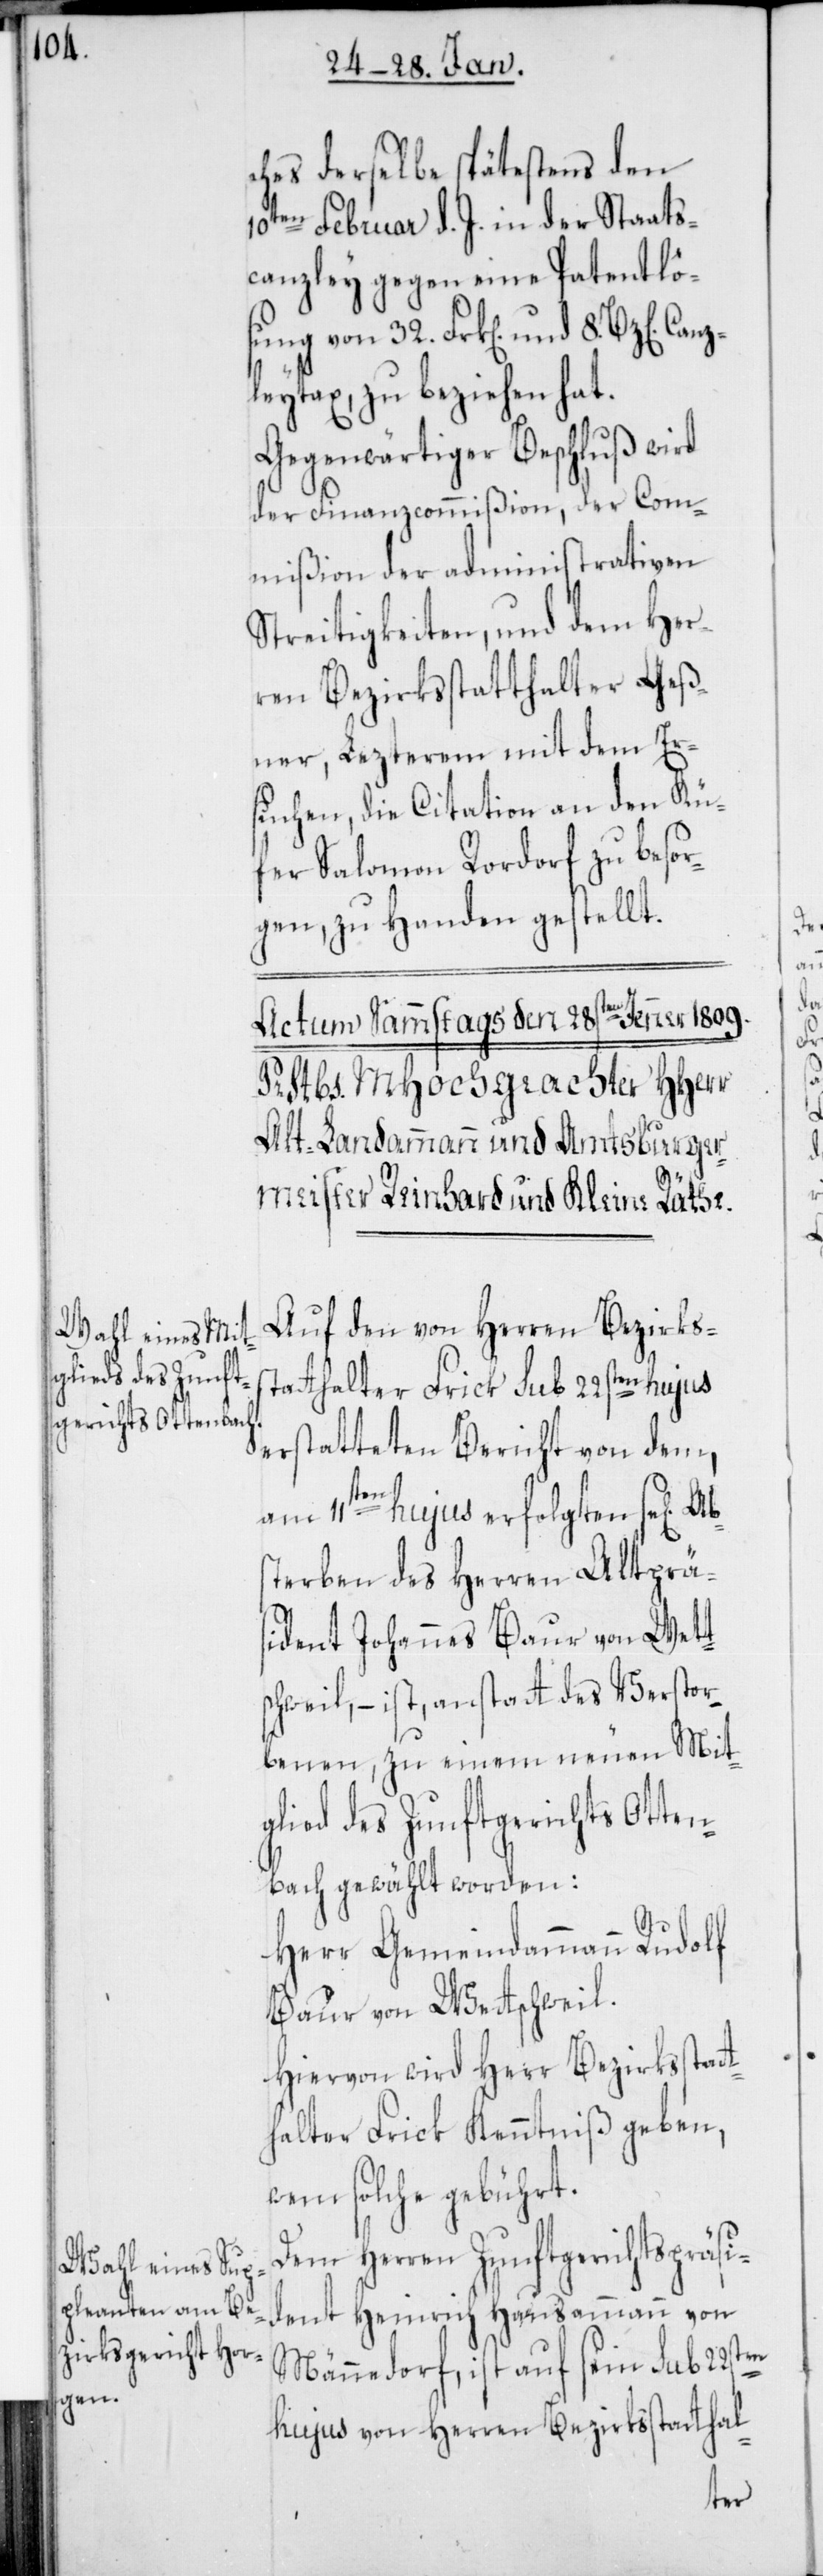
Ab¬

Canz¬

ches derselbe spätestens den
10ten Februar d. J. in der Staats¬
canzley gegen eine Patentlö¬
leytax, zu beziehen hat.
Gegenwärtiger Beschluß wird
der Finanzcommißion, der Com¬
mißion der administrativen
Streitigkeiten, und dem Her¬
ren Bezirksstatthalter Geß¬
ner, Lezterem mit dem Er¬
suchen, die Citation an den Kü¬
fer Salomon Rordorf zu besor¬
gen, zu Handen gestellt.
Auf den von Herren Bezirkss¬
tatthalter Frick sub 22sten hujus
erstatteten Bericht von dem,
von
am 11ten hujus erfolgten se[ligen]
sterben des Herren alt Prä¬
sident Johannes Baur von Wett¬
sweil, – ist anstatt des Verstor¬
benen, zu einem neuen Mit¬
glied des Zunftgerichts Otten¬
bach gewählt worden:
Herr Gemeindammann Rudolf
Baur von Wetsweil.
Hiervon wird Herr Bezirksstat¬
thalter Frick Kenntniß geben,
wem solche gebührt.
Dem Herren Zunftgerichts-Präs¬
ident Heinrich Hausammann von
Männedorf, ist auf sein sub 22sten
hujus von Herren Bezirksstatthal-